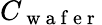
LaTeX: C_{\mathrm{~w~a~f~e~r~}}